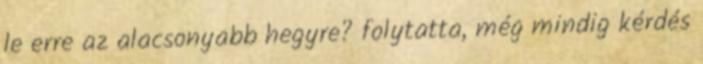
le erre az alacsonyabb hegyre? folytatta, még mindig kérdés